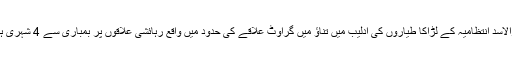
شام میں بشارالاسد انتظامیہ کے لڑاکا طیاروں کی ادلیب میں تناؤ میں گراوٹ علاقے کی حدود میں واقع رہائشی علاقوں پر بمباری سے 4 شہری ہلاک ہو گئے۔